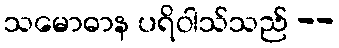
သမောဓာန ပရိဝါသ်သည် --